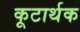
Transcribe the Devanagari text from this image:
कूटार्थक